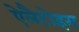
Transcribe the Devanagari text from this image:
ऐलैटोइस